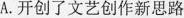
A.开创了文艺创作新思路